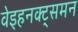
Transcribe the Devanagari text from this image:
वेइहनक्ट्समन